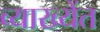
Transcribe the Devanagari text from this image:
व्याख्येंत